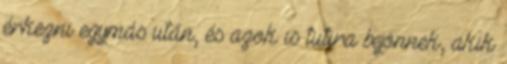
érkezni egymás után, és azok is tutira bejönnek, akik